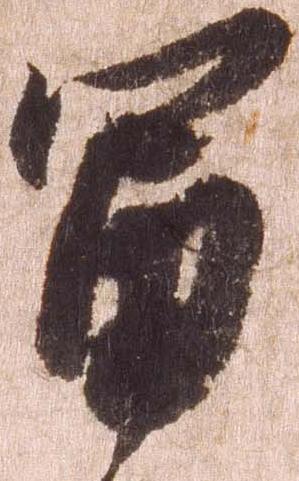
富